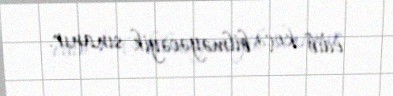
edib keçə bilməyəcəyik sınanır.